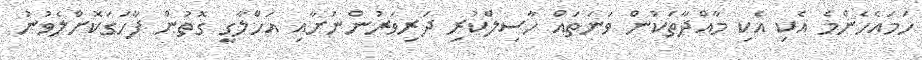
ހަމައެހެންމެ އެކި އެކި މާއްދާތަކުން ވަނަތައް ހާސިލްކުރި ދަރިވަރުންނަށާއި އަހްލާގީ ގޮތުން ފާހަގަކޮށްލެވުނު